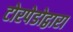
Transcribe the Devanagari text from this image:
टोरपेडोद्वारा